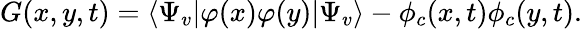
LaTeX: G(x,y,t)=\langle\Psi_{v}|\varphi(x)\varphi(y)|\Psi_{v}\rangle-\phi_{c}(x,t)\phi_{c}(y,t).